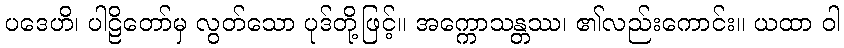
ပဒေဟိ၊ ပါဠိတော်မှ လွတ်သော ပုဒ်တို့ဖြင့်။ အက္ကောသန္တဿ၊ ၏လည်းကောင်း။ ယထာ ဝါ